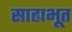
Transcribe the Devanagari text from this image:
साह्यभूत